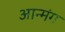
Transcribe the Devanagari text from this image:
आन्मंग